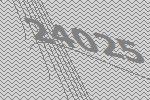
24025